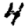
Digit: 4